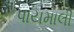
પાયમાલી